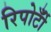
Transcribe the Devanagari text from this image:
रिपोर्टोँं